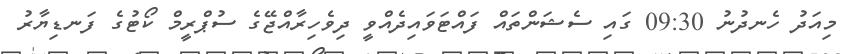
މިއަދު ހެނދުނު 09:30 ގައި ސެޝަންތައް ފައްޓަވައިދެއްވީ ދިވެހިރާއްޖޭގެ ސުޕްރީމް ކޯޓުގެ ފަނޑިޔާރު